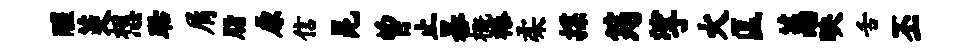
醒茭想聒屑脂原信昆曾止暴概榛柔揲筠挲火匡蕙映舌丕